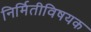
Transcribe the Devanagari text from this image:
निर्मितीविषयक